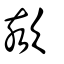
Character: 欬